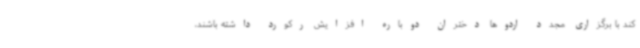
کند با برگزاری مجدد اردوها دختران دوباره افزایش رکورد داشته باشند،